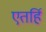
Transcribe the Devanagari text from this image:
एतर्हि